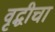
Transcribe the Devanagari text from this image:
वृद्धीचा